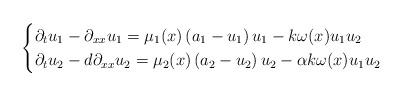
LaTeX: \begin{align*}\begin{cases}\partial_{t}u_{1}-\partial_{xx}u_{1}=\mu_{1}(x)\left(a_{1}-u_{1}\right)u_{1} - k\omega(x)u_{1} u_{2}\\\partial_{t}u_{2}-d\partial_{xx}u_{2}=\mu_{2}(x)\left(a_{2}-u_{2}\right)u_{2} - \alpha k\omega(x)u_{1} u_{2}\end{cases}\end{align*}